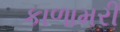
કાળામરી